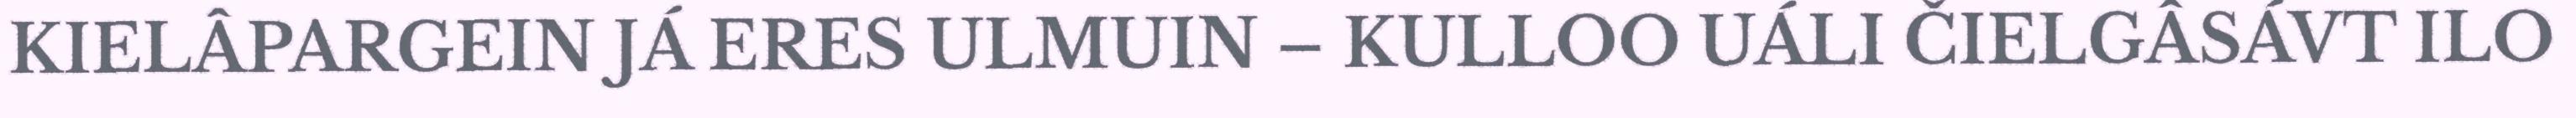
KIELÂPARGEIN JÁ ERES ULMUIN – KULLOO UÁLI ČIELGÂSÁVT ILO